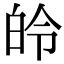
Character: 皊